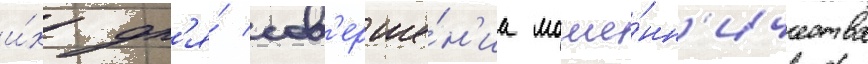
и́х дл'я́ сов'ерше́н'иа моше́нн'ичества